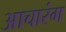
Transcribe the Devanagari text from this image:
आचारंग